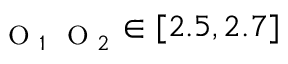
_ { \mathrm { ~ \scriptsize ~ O ~ } _ { 1 } \mathrm { ~ \scriptsize ~ O ~ } _ { 2 } } \in [ 2 . 5 , 2 . 7 ]